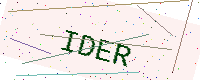
Text: IDER